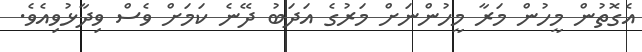
އެގޮތުން މީހުން މަރާ މީހުންނަށް މަރުގެ އަދަބު ދޭނެ ކަމަށް ވެސް ވިދާޅުވިއެވެ.